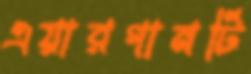
এয়ারগানটি